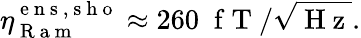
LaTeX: \eta_{\mathrm{~R~a~m~}}^{\mathrm{~e~n~s~,~s~h~o~}}\approx 260\; \mathrm{~f~T~}/\sqrt{\mathrm{~H~z~}}.